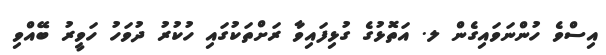
އިސްވެ ހުންނަވައިގެން ލ. އަތޮޅުގެ ގުޅިފައިވާ ރަށްތަކުގައި ހުކުރު ދުވަހު ހަވީރު ބޭއްވި